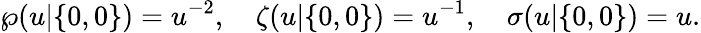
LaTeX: \wp(u|\{ 0,0\} )=u^{-2},\quad\zeta(u|\{ 0,0\} )=u^{-1},\quad\sigma(u|\{ 0,0\} )=u.